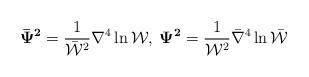
LaTeX: \begin{align*}{\bf\bar\Psi^2} =\frac{1}{\bar{\cal W}^{2}}\nabla^{4}\ln{\cal W},\:{\bf\Psi^2} =\frac{1}{ {\cal W}^{2}}\bar\nabla^{4}\ln\bar{\cal W}\end{align*}